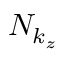
N _ { k _ { z } }